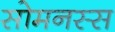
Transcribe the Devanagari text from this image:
सोमनस्स